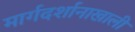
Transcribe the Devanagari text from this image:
मार्गदर्शानाखाली